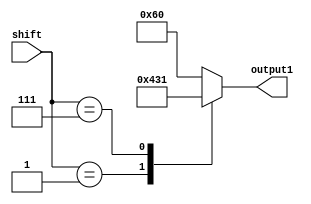
module disp4(shift,output1);
input [4:0]shift;
output reg [6:0]output1;
reg [6:0] temp;
always @(shift)
begin
case(shift)
5'b00101 : temp = 7'b1100000;
5'b00001 : temp = 7'b0001000;
5'b00111 : temp = 7'b0110001;
//4'b0011 : o = 7'b0000110;
//4'b0100 : o = 7'b1001100;
//4'b0101 : o = 7'b0100100;
//4'b0110 : o = 7'b0100000;
//4'b0111 : o = 7'b00]01111;
//4'b1000 : o = 7'b0000000;
//4'b1001 : o = 7'b0000100;
//4'b1010 : o = 7'b0000010;
//4'b1011 : o = 7'b1100000;
//4'b1100 : o = 7'b0110001;
//4'b1101 : o = 7'b1000010;
//4'b1110 : o = 7'b0110000;
//4'b1111 : o = 7'b0111000;
endcase
output1 <= {temp[6:0]};
end
endmodule